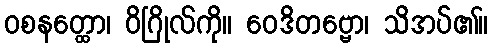
ဝစနတ္ထော၊ ဝိဂြိုလ်ကို။ ဝေဒိတဗ္ဗော၊ သိအပ်၏။